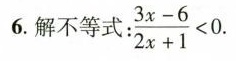
6.解不等式：\frac{3x-6}{2x+1}<0.